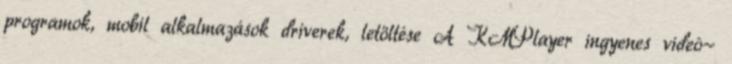
programok, mobil alkalmazások driverek, letöltése A KMPlayer ingyenes videó-